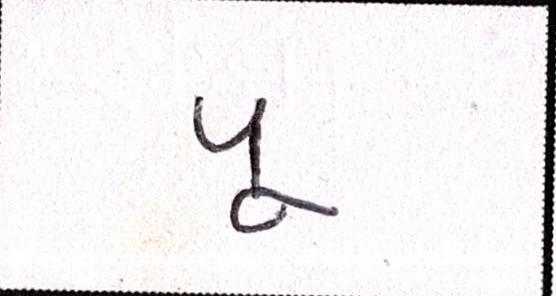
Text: પૂ